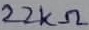
Text: 22KΩ